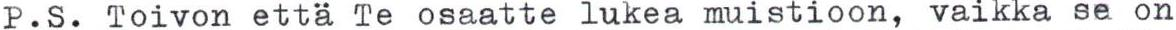
P.S. Toivon että Te osaatte lukea muistioon, vaikka se on